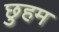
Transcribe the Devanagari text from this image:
छुहम